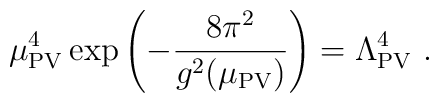
\mu_{\rm PV}^4 \exp\left( -{8\pi^2 \over g^2(\mu_{\rm PV})} \right) =\Lambda_{\rm PV}^4 \ .